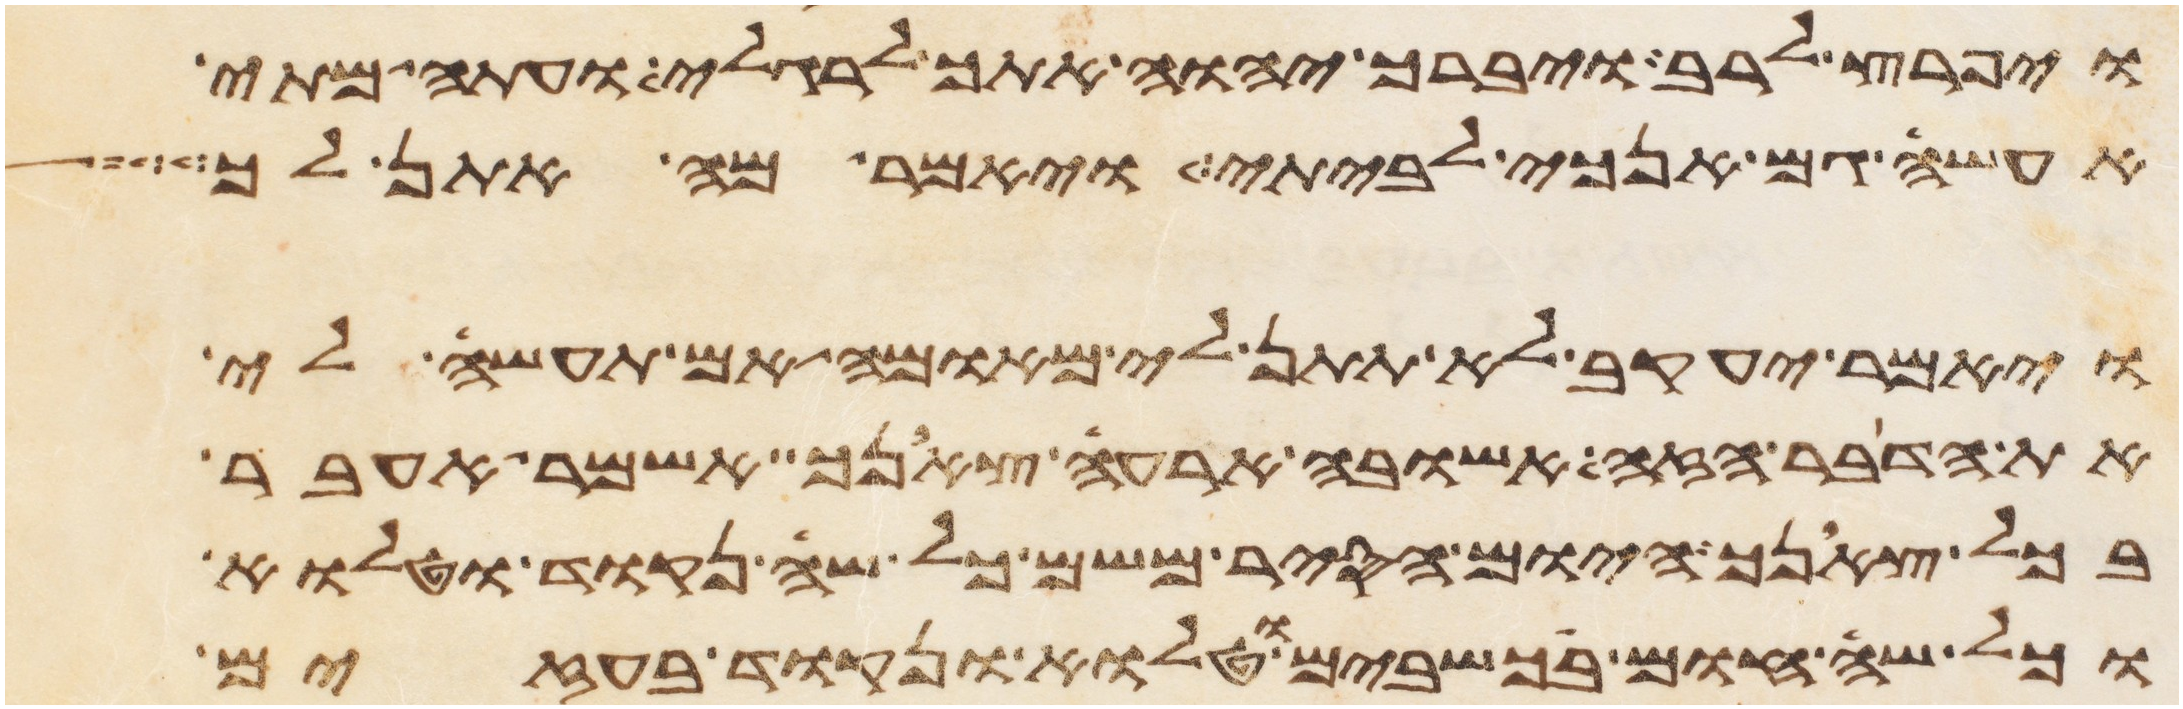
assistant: ויפרץ לרב ויברך יהוה אתך לרגלי ועתה מתי
אעשה גם אנכי לביתי ויאמר מה אתן לך
ויאמר יעקב לא תתן לי מאומה אם תעשה לי
את הדבר הזה אשובה ארעה צאנך אשמר אעבר
בכל צאנך היום הסיר משם כל שה נקוד וטלוא
וכל שה חום בכשבים וטלוא ונקוד בעזים